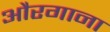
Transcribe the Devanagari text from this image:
औरगाना